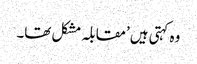
وہ کہتی ہیں ’مقابلہ مشکل تھا۔